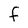
Character: f